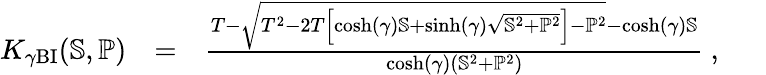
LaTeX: \begin{array}{rlr}{K_{\gamma\mathrm{BI}}(\mathbb{S},\mathbb{P})}&{=}&{\frac{T-\sqrt{T^{2}-2T\left[\cosh(\gamma)\mathbb{S}+\sinh(\gamma)\sqrt{\mathbb{S}^{2}+\mathbb{P}^{2}}\right]-\mathbb{P}^{2}}-\cosh(\gamma)\mathbb{S}}{\cosh(\gamma)(\mathbb{S}^{2}+\mathbb{P}^{2})}~,~~~~~~}\end{array}